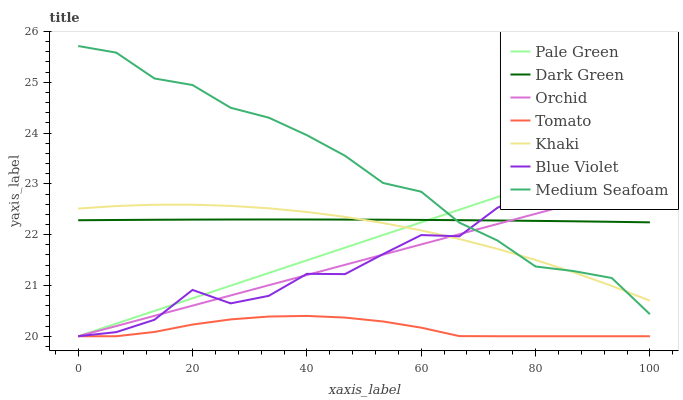
| xaxis_label | Pale Green | Dark Green | Orchid | Tomato | Khaki | Blue Violet | Medium Seafoam |
 | --- | --- | --- | --- | --- | --- | --- | --- |
 | 0 | 20 | 22.3 | 20 | 20 | 22.5 | 20 | 25.7 |
 | 6.67 | 20.2 | 22.3 | 20.2 | 20 | 22.6 | 20.1 | 25.6 |
 | 13.3 | 20.5 | 22.3 | 20.4 | 20.1 | 22.6 | 20.3 | 25.1 |
 | 20 | 20.7 | 22.3 | 20.6 | 20.2 | 22.6 | 20.9 | 24.9 |
 | 26.7 | 21 | 22.3 | 20.8 | 20.3 | 22.6 | 20.6 | 24.5 |
 | 33.3 | 21.2 | 22.3 | 21 | 20.4 | 22.5 | 20.8 | 24.3 |
 | 40 | 21.5 | 22.3 | 21.2 | 20.4 | 22.4 | 21.2 | 24 |
 | 46.7 | 21.7 | 22.3 | 21.4 | 20.4 | 22.4 | 21.2 | 23.6 |
 | 53.3 | 22 | 22.3 | 21.6 | 20.3 | 22.2 | 21.6 | 23 |
 | 60 | 22.2 | 22.3 | 21.8 | 20.2 | 22.1 | 22 | 22.8 |
 | 66.7 | 22.5 | 22.3 | 22 | 20 | 21.9 | 22 | 22.2 |
 | 73.3 | 22.7 | 22.3 | 22.2 | 20 | 21.7 | 22.5 | 21.9 |
 | 80 | 23 | 22.3 | 22.4 | 20 | 21.5 | 22.9 | 21.4 |
 | 86.7 | 23.2 | 22.3 | 22.6 | 20 | 21.3 | 22.7 | 21.3 |
 | 93.3 | 23.5 | 22.3 | 22.8 | 20 | 21 | 23.1 | 21.1 |
 | 100 | 23.7 | 22.2 | 23 | 20 | 20.7 | 23 | 20.4 |